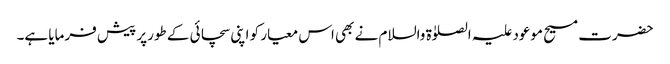
حضرت مسیح موعود علیہ الصلوٰۃ والسلام نے بھی اس معیار کو اپنی سچائی کے طورپر پیش فرمایا ہے۔